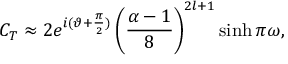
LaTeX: C _ { T } \approx 2 e ^ { i ( \vartheta + \frac { \pi } { 2 } ) } \left( \frac { \alpha - 1 } { 8 } \right) ^ { 2 l + 1 } \sinh \pi \omega ,